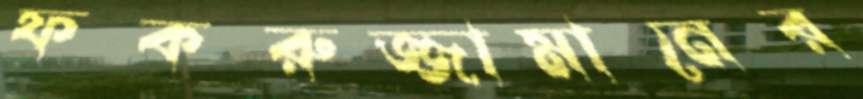
ফকরুজ্জামানের